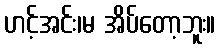
ဟင့်အင်း၊မ အိပ်တော့ဘူး။